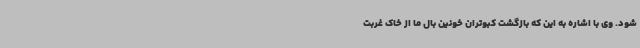
شود. وی با اشاره به این که بازگشت کبوتران خونین بال ما از خاک غربت